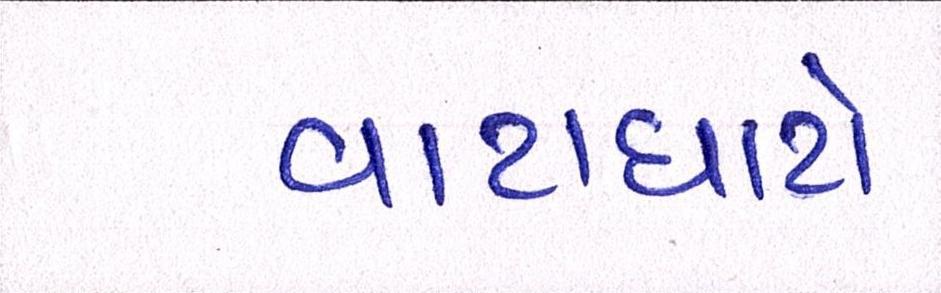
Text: વાટાઘાટો